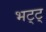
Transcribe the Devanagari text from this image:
भट्ट्